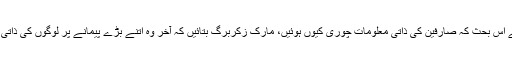
بیشتر ماہرین کا کہنا ہے کہ بجائے اس بحث کہ صارفین کی ذاتی معلومات چوری کیوں ہوئیں، مارک زکربرگ بتائیں کہ آخر وہ اتنے بڑے پیمانے پر لوگوں کی ذاتی معلومات جمع کیوں کر رہے ہیں؟